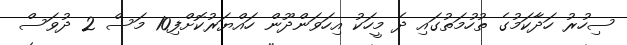
ސިހުރު ހަދާކަމުގެ ތުހުމަތުގައި ދެ މީހަކު އިހަވަންދޫން ހައްޔަރުކޮށްފި10 މަސް 2 ދުވަސް